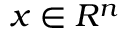
x \in R ^ { n }